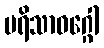
ပရိသာဝဂ္ဂေါ